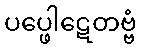
ပပ္ဖေါဋေတဗ္ဗံ